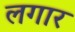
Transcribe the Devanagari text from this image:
लगार